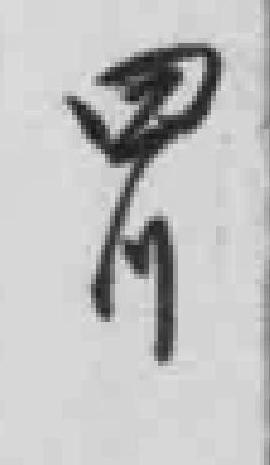
四川